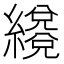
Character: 𦆳